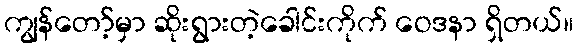
ကျွန်တော့်မှာ ဆိုးရွားတဲ့ခေါင်းကိုက် ဝေဒနာ ရှိတယ်။